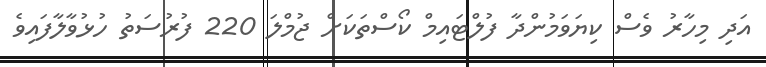
އަދި މިހާރު ވެސް ކިޔަވަމުންދާ ފުލްޓައިމް ކޯސްތަކަށް ޖުމްލަ 220 ފުރުސަތު ހުޅުވާލާފައިވެ